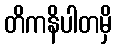
တိကနိပါတမှိ